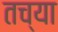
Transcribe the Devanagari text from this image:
तच्या